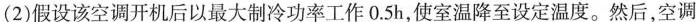
(2)假设该空调开机后以最大制冷功率工作0.5h，使室温降至设定温度。然后，空调